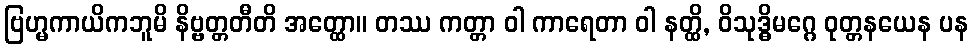
ဗြဟ္မကာယိကဘူမိ နိဗ္ဗတ္တတီတိ အတ္ထော။ တဿ ကတ္တာ ဝါ ကာရေတာ ဝါ နတ္ထိ, ဝိသုဒ္ဓိမဂ္ဂေ ဝုတ္တနယေန ပန